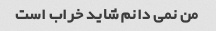
من نمی دانم شاید خراب است